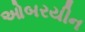
ઓબરયીન